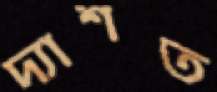
দ্যাশত